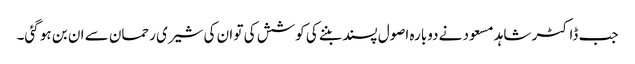
جب ڈاکٹر شاہد مسعود نے دوبارہ اصول پسند بننے کی کوشش کی تو ان کی شیری رحمان سے ان بن ہو گئی۔